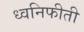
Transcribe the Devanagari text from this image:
ध्वनिफीती